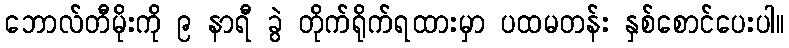
ဘောလ်တီမိုးကို ၉ နာရီ ခွဲ တိုက်ရိုက်ရထားမှာ ပထမတန်း နှစ်စောင်ပေးပါ။